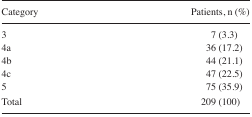
| Category | Patients, n (%) |
 | --- | --- |
 | 3 | 7 (3.3) |
 | 4a | 36 (17.2) |
 | 4b | 44 (21.1) |
 | 4c | 47 (22.5) |
 | 5 | 75 (35.9) |
 | Total | 209 (100) |